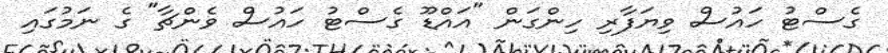
ގެސްޓު ހައުސް ވިޔަފާރި ހިންގަން "އައްޑޫ ގެސްޓު ހައުސް ވެންޗާ" ގެ ނަމުގައި